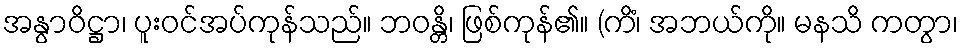
အနွာဝိဋ္ဌာ၊ ပူးဝင်အပ်ကုန်သည်။ ဘဝန္တိ၊ ဖြစ်ကုန်၏။ (ကိံ၊ အဘယ်ကို။ မနသိ ကတွာ၊